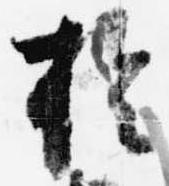
於